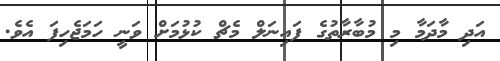
އަދި މާދަމާ މި މުބާރާތުގެ ފައިނަލް މެޗް ކުޅުމަށް ވަނީ ހަމަޖެހިފަ އެވެ.